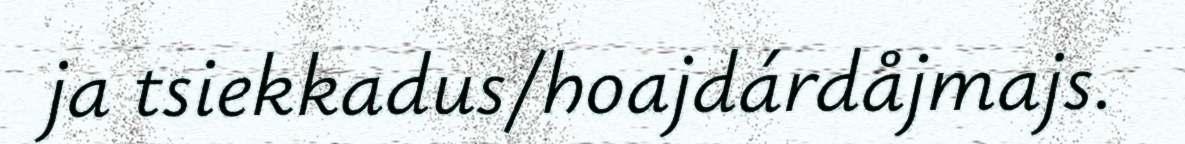
ja tsiekkadus/hoajdárdåjmajs.